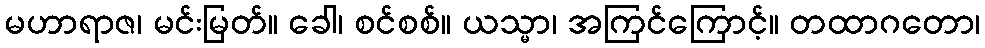
မဟာရာဇ၊ မင်းမြတ်။ ခေါ၊ စင်စစ်။ ယသ္မာ၊ အကြင်ကြောင့်။ တထာဂတော၊